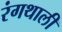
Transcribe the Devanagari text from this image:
रंगथाली